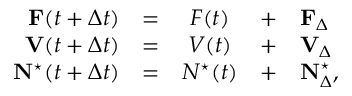
\begin{array} { r c c c l } { \mathbf { F } ( t + \Delta t ) } & { = } & { F ( t ) } & { + } & { \mathbf { F } _ { \Delta } } \\ { \mathbf { V } ( t + \Delta t ) } & { = } & { V ( t ) } & { + } & { \mathbf { V } _ { \Delta } } \\ { \mathbf { N } ^ { \star } ( t + \Delta t ) } & { = } & { N ^ { \star } ( t ) } & { + } & { \mathbf { N } _ { \Delta } ^ { \star } , } \end{array}